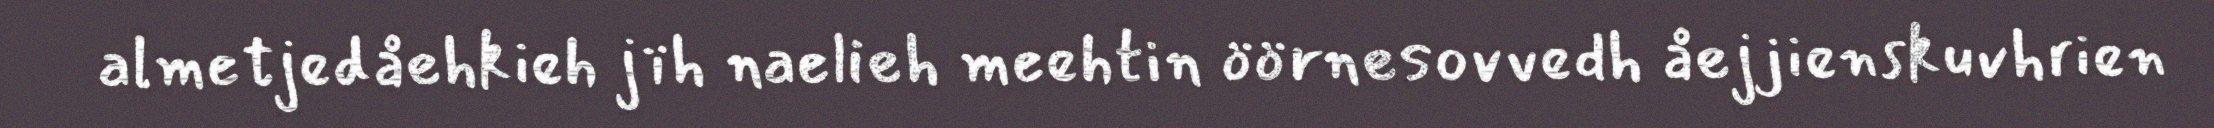
almetjedåehkieh jïh naelieh meehtin öörnesovvedh åejjienskuvhrien